Leaving Certificate, 1899
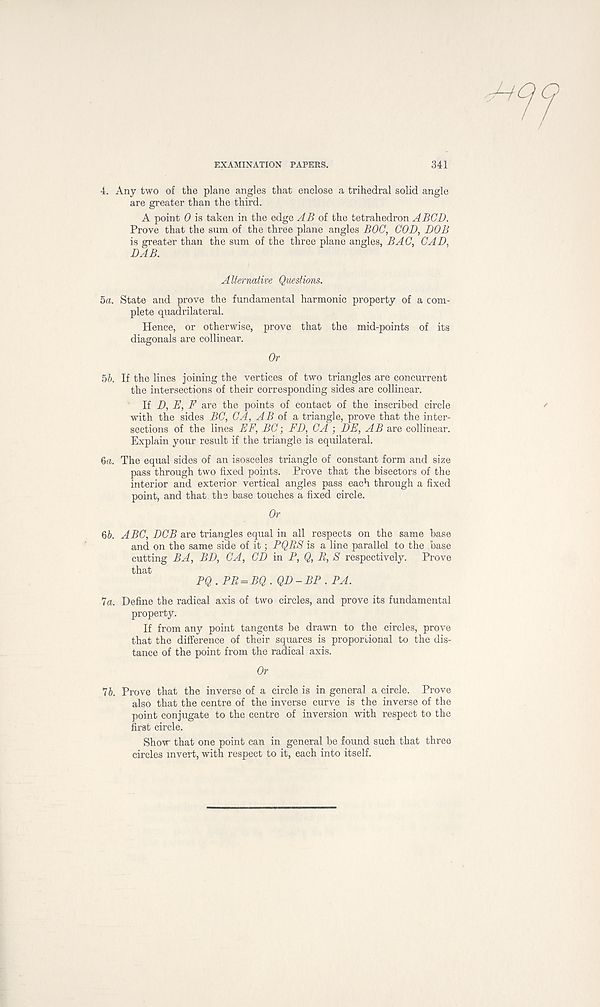
EXAMINATION PAPERS.
341
4. Any two of the plane angles that enclose a trihedral solid angle
are greater than the third.
A point 0 is taken in the edge AB of the tetrahedron ABCD.
Prove that the sum of the three plane angles BOO, COD, DOB
is greater than the sum of the three plane angles, BAC, CAD,
DAB.
Alternative Questions.
5a. State and prove the fundamental harmonic property of a com-
plete quadrilateral.
Hence, or otherwise, prove that the mid-points of its
diagonals are collinear.
Or
5b. If the lines joining the vertices of two triangles are concurrent
the intersections of their corresponding sides are collinear.
If D, E, F are the points of contact of the inscribed circle
with the sides BC, CA, AB of a triangle, prove that the inter-
sections of the lines EF, BC; ED, CA ; DE, AB are collinear.
Explain your result if the triangle is equilateral.
ба. The equal sides of an isosceles triangle of constant form and size
pass through two fixed points. Prove that the bisectors of the
interior and exterior vertical angles pass each through a fixed
point, and that the base touches a fixed circle.
Or
бб. ABC, DCB are triangles equal in all respects on the same base
and on the same side of it; PQBS is a line parallel to the base
cutting BA, BD, CA, CD in P, Q, B, S respectively. Prove
that
PQ . PB = BQ . QD-BP .PA.
la. Define the radical axis of two circles, and prove its fundamental
property.
If from any point tangents be drawn to the circles, prove
that the difference of their squares is proportional to the dis-
tance of the point from the radical axis.
Or
lb. Prove that the inverse of a circle is in general a circle. Prove
also that the centre of the inverse curve is the inverse of the
point conjugate to the centre of inversion with respect to the
first circle.
Show that one point can in general be found such that three
circles invert, with respect to it, each into itself.